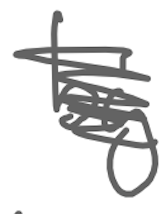
Text: by
Cross-out: scratch
Writing tool: digital_gray